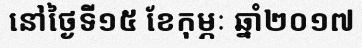
នៅថ្ងៃទី១៥ ខែកុម្ភៈ ឆ្នាំ២០១៧